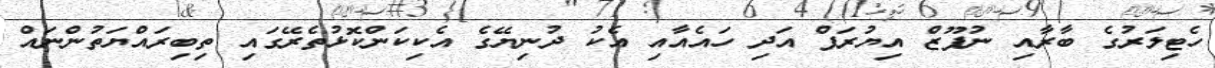
ހެޓިލަރުގެ ބާރާއި ނުފޫޒް އިޔުރަޕް އަދި ހައެއާއި އެކު ދުނިޔޭގެ އެކިކަންކޮޅުތެރޭގައި ތިބިރައްޔަތުންނައް